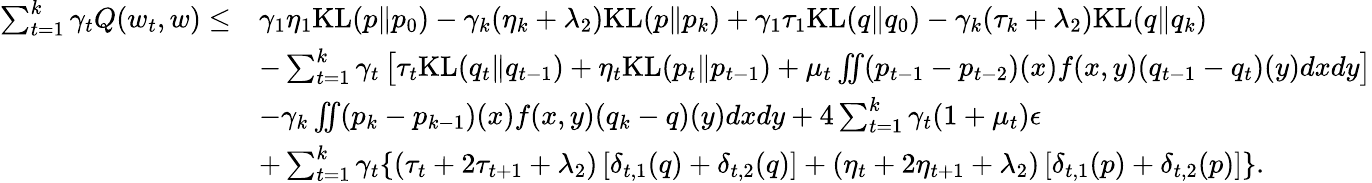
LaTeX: \begin{array}{rl}{\sum_{t=1}^{k}\gamma_{t}Q(w_{t},w)\leq}&{\gamma_{1}\eta_{1}\mathrm{KL}(p\| p_{0})-\gamma_{k}(\eta_{k}+\lambda_{2})\mathrm{KL}(p\| p_{k})+\gamma_{1}\tau_{1}\mathrm{KL}(q\| q_{0})-\gamma_{k}(\tau_{k}+\lambda_{2})\mathrm{KL}(q\| q_{k})}\\ &{-\sum_{t=1}^{k}\gamma_{t}\left[\tau_{t}\mathrm{KL}(q_{t}\| q_{t-1})+\eta_{t}\mathrm{KL}(p_{t}\| p_{t-1})+\mu_{t}\iint(p_{t-1}-p_{t-2})(x)f(x,y)(q_{t-1}-q_{t})(y)dxdy\right]}\\ &{-\gamma_{k}\iint(p_{k}-p_{k-1})(x)f(x,y)(q_{k}-q)(y)dxdy+4\sum_{t=1}^{k}\gamma_{t}(1+\mu_{t})\epsilon}\\ &{+\sum_{t=1}^{k}\gamma_{t}\{ (\tau_{t}+2\tau_{t+1}+\lambda_{2})\left[\delta_{t,1}(q)+\delta_{t,2}(q)\right]+(\eta_{t}+2\eta_{t+1}+\lambda_{2})\left[\delta_{t,1}(p)+\delta_{t,2}(p)\right]\} .}\end{array}